Annual administration and progress report of the Indian Medical Department, Bombay
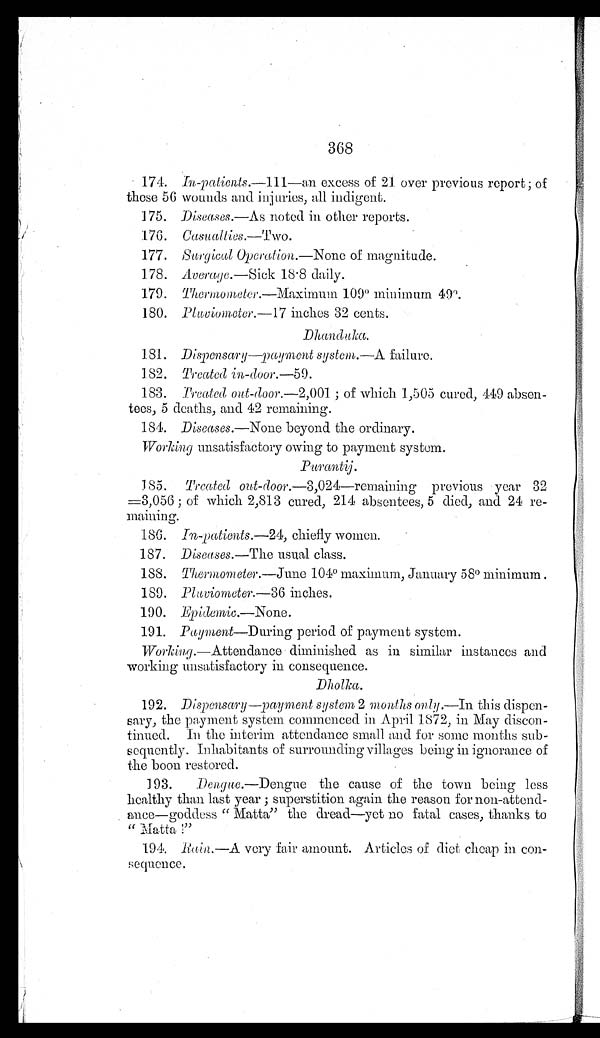
368
174. In-patients.—111—an excess of 21 over previous report; of
these 56 wounds and injuries, all indigent.
175. Diseases.—As noted in other reports.
176. Casualties.—Two.
177. Surgical Operation.—None of magnitude.
178. Average.—Sick 18.8 daily.
179. Thermometer.—Maximum 109° minimum 49°.
180. Pluviometer.—17 inches 32 cents.
Dhanduka.
181. Dispensary—payment system.— A failure.
182. Treated in-door .—59.
183. Treated out-door.—2,001 ; of which 1,505 cured, 449 absen
-tees, 5 deaths, and 42 remaining.
184. Diseases.—None beyond the ordinary.
Working unsatisfactory owing to payment system.
Purantij.
185. Treated out-door .—3,024—remaining previous year 32
=3,056 ; of which 2,813 cured, 214 absentees, 5 died, and 24 re--
maining.
186. In-patients.—24, chiefly women.
187. Diseases.—The usual class.
188. Thermometer.— June 104° maximum, January 58° minimum .
189. Pluviometer.—36 inches.
190. Epidemic.—None.
191. Payment—During period of payment system.
Working.—Attendance diminished as in similar instances and
working unsatisfactory in consequence.
Dholka.
192. Dispensary—payment system 2 months only.—In this dispen--
sary, the payment system commenced in April 1872, in May discon
-tinued. In the interim attendance small and for some months sub--
sequently. Inhabitants of surrounding villages being in ignorance of
the boon restored.
193.
Dengue .—Dengue the cause of the town being less
healthy than last year ; superstition again the reason for non-attend
-ance—goddess "Matta" the dread—yet no fatal cases, thanks to
" Matta !"
194. Rain.—A very fair amount. Articles of diet cheap in con
-sequence.